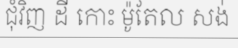
ជុំវិញ ដី កោះ ម៉ូតែល សង់